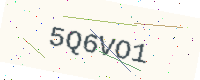
Text: 5Q6VO1